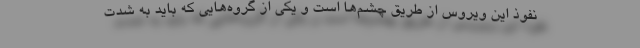
نفوذ این ویروس از طریق چشم‌ها است و یکی از گروه‌هایی که باید به شدت